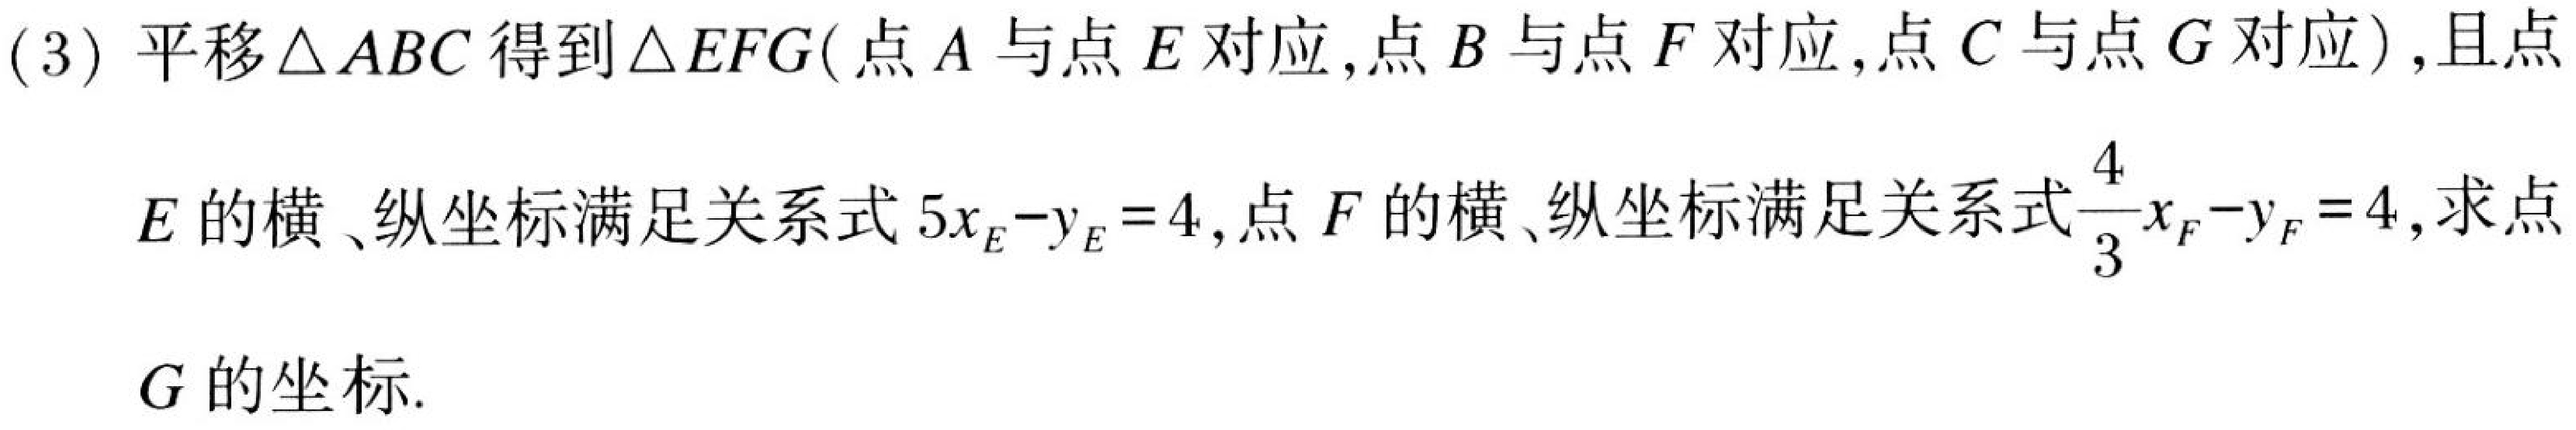
(3) 平移\(\triangle ABC\)得到\(\triangle EFG\)(点\(A\)与点\(E\)对应,点\(B\)与点\(F\)对应,点\(C\)与点\(G\)对应),且点\(E\)的横、纵坐标满足关系式\(5x_E - y_E = 4\),点\(F\)的横、纵坐标满足关系式\(\dfrac{4}{3}x_F - y_F = 4\),求点\(G\)的坐标.